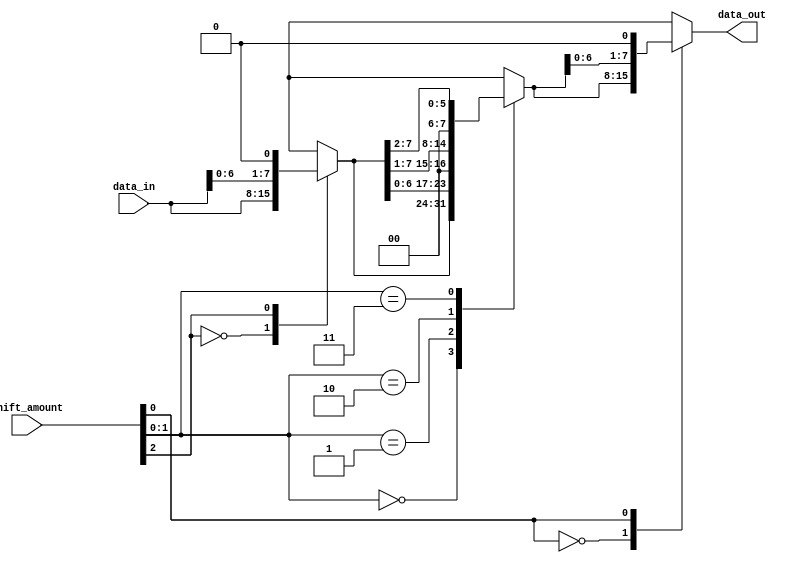
module barrel_shifter (
  input [7:0] data_in,
  input [2:0] shift_amount,
  output reg [7:0] data_out
);

// define the binary tree structure
reg [7:0] stage1_out;
reg [7:0] stage2_out;
reg [7:0] stage3_out;

// level 1 arithmetic block
always @*
begin
  case(shift_amount[2])
    3'b000: stage1_out = data_in;
    3'b001: stage1_out = data_in << 1;
    3'b010: stage1_out = data_in << 2;
    3'b011: stage1_out = data_in << 3;
    3'b100: stage1_out = data_in >> 1;
    3'b101: stage1_out = data_in >> 2;
    3'b110: stage1_out = data_in >> 3;
    default: stage1_out = data_in;
  endcase
end

// level 2 arithmetic block
always @*
begin
  case(shift_amount[1:0])
    2'b00: stage2_out = stage1_out;
    2'b01: stage2_out = stage1_out << 1;
    2'b10: stage2_out = stage1_out >> 1;
    2'b11: stage2_out = stage1_out >> 2;
    default: stage2_out = stage1_out;
  endcase
end

// level 3 arithmetic block
always @*
begin
  case(shift_amount[0])
    1'b0: stage3_out = stage2_out;
    1'b1: stage3_out = stage2_out << 1;
    default: stage3_out = stage2_out;
  endcase
end

// assign final output to data_out
always @*
begin
  data_out = stage3_out;
end

endmodule